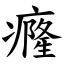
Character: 癃